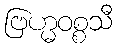
ဗြဟ္မဝစ္စသီ